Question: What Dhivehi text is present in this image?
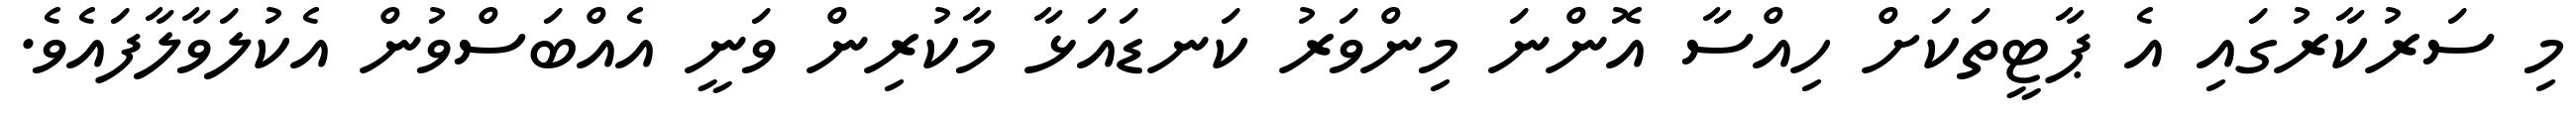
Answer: މި ސަރުކާރުގައި އެ ޕާޓީތަކަށް ހިއްސާ އޮންނަ މިންވަރު ކަނޑައަޅާ މާކުރިން ވަނީ އެއްބަސްވުން އެކުލަވާލާފައެވެ.